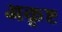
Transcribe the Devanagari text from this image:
अकृष्ट